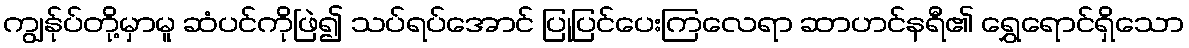
ကျွန်ုပ်တို့မှာမူ ဆံပင်ကိုဖြဲ၍ သပ်ရပ်အောင် ပြုပြင်ပေးကြလေရာ ဆာဟင်နရီ၏ ရွှေရောင်ရှိသော